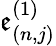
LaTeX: \mathfrak{e}_{(n,j)}^{(1)}